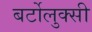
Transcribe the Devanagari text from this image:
बर्टोलुक्सी